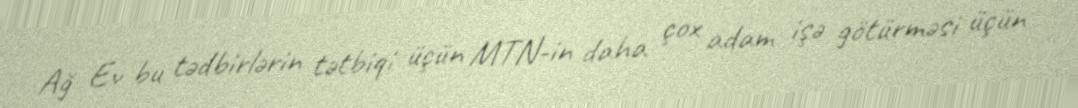
Ağ Ev bu tədbirlərin tətbiqi üçün MTN-in daha çox adam işə götürməsi üçün